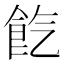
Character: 𩚤